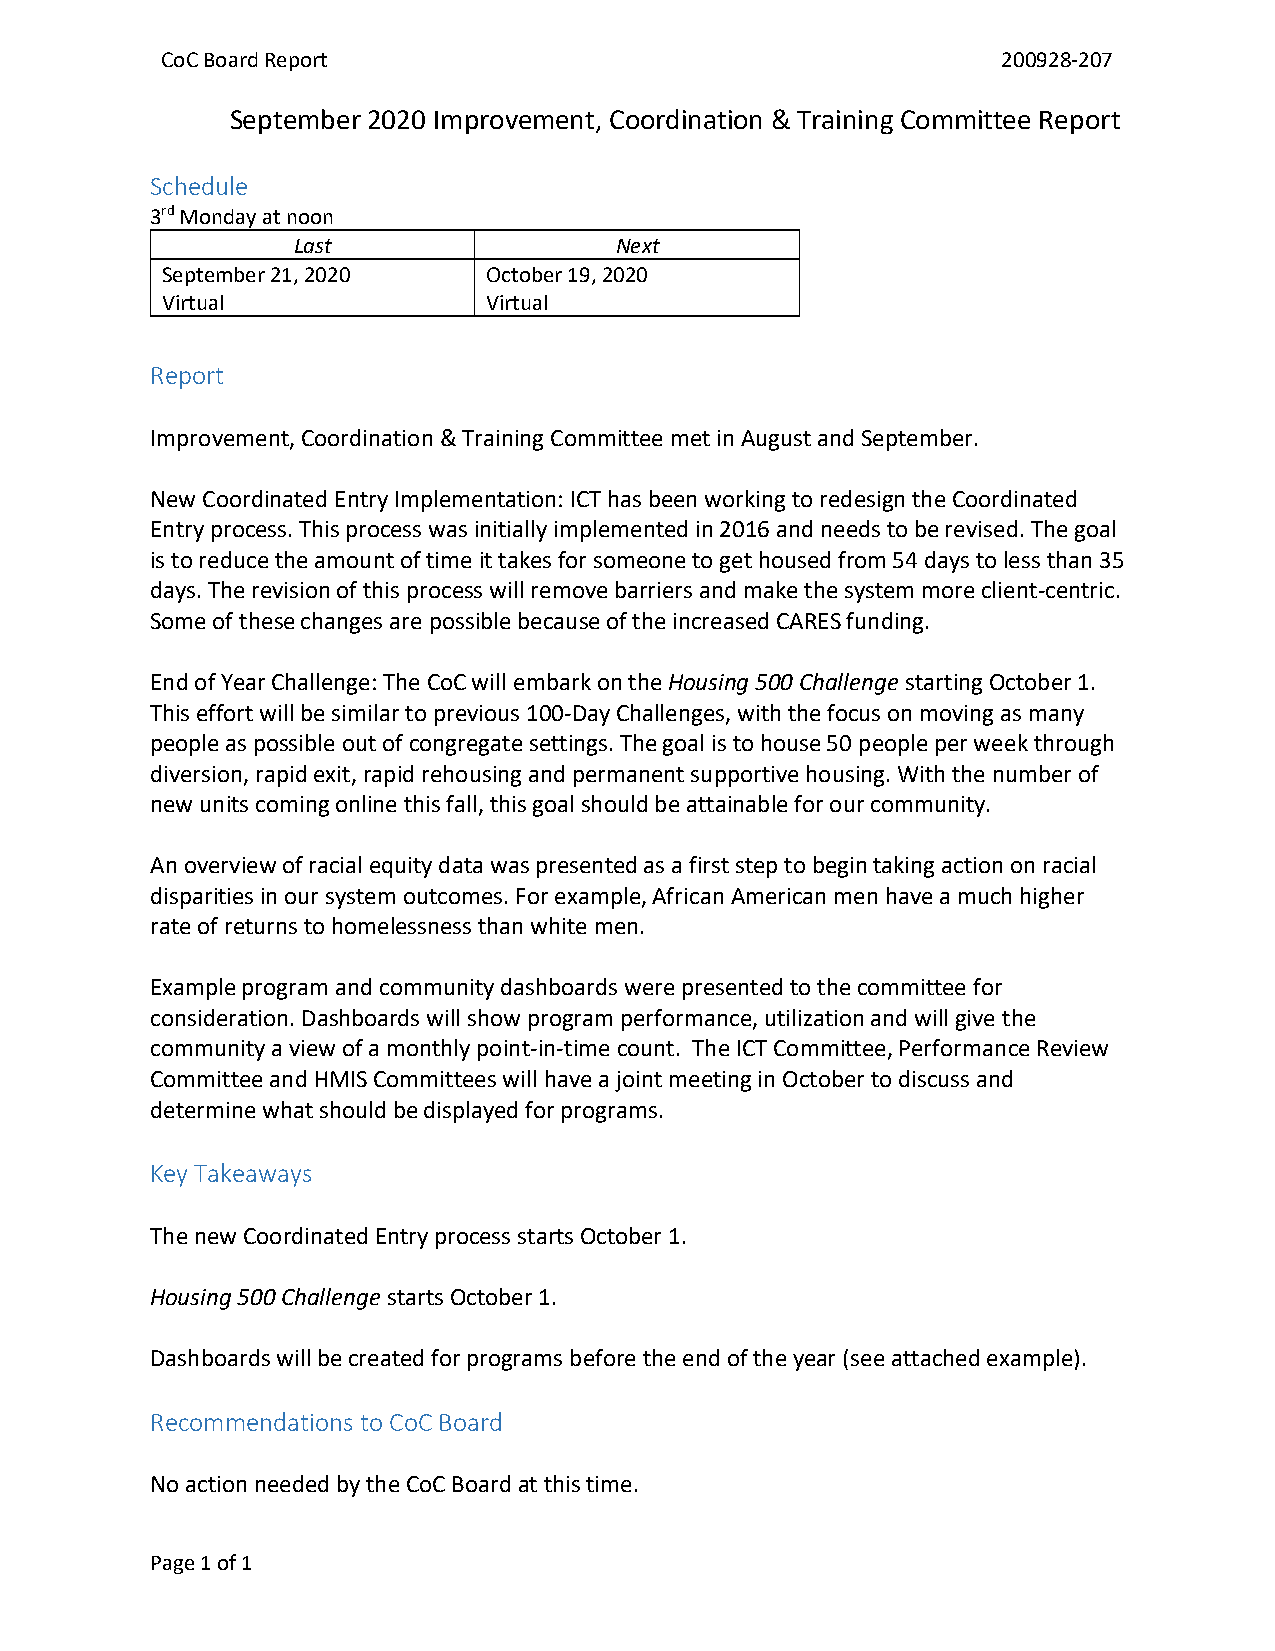
CoC Board Report                                       200928-207
 September 2020 Improvement, Coordination & Training Committee Report
 Schedule
 3rd Monday at noon
 Last                  Next
 September 21, 2020   October 19, 2020
 Virtual              Virtual
 Report
 Improvement, Coordination & Training Committee met in August and September.
 New Coordinated Entry Implementation: ICT has been working to redesign the Coordinated
 Entry process. This process was initially implemented in 2016 and needs to be revised. The goal
 is to reduce the amount of time it takes for someone to get housed from 54 days to less than 35
 days. The revision of this process will remove barriers and make the system more client-centric.
 Some of these changes are possible because of the increased CARES funding.
 End of Year Challenge: The CoC will embark on the Housing 500 Challenge starting October 1.
 This effort will be similar to previous 100-Day Challenges, with the focus on moving as many
 people as possible out of congregate settings. The goal is to house 50 people per week through
 diversion, rapid exit, rapid rehousing and permanent supportive housing. With the number of
 new units coming online this fall, this goal should be attainable for our community.
 An overview of racial equity data was presented as a first step to begin taking action on racial
 disparities in our system outcomes. For example, African American men have a much higher
 rate of returns to homelessness than white men.
 Example program and community dashboards were presented to the committee for
 consideration. Dashboards will show program performance, utilization and will give the
 community a view of a monthly point-in-time count. The ICT Committee, Performance Review
 Committee and HMIS Committees will have a joint meeting in October to discuss and
 determine what should be displayed for programs.
 Key Takeaways
 The new Coordinated Entry process starts October 1.
 Housing 500 Challenge starts October 1.
 Dashboards will be created for programs before the end of the year (see attached example).
 Recommendations to CoC Board
 No action needed by the CoC Board at this time.
 Page 1 of 1